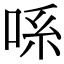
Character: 𫪈